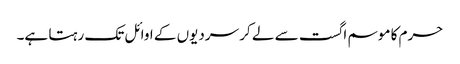
حرم کا موسم اگست سے لے کر سردیوں کے اوائل تک رہتا ہے۔